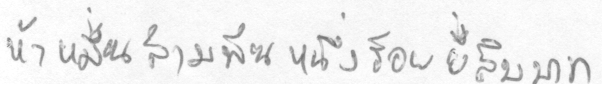
ห้าหมื่นสามพันหนึ่งร้อยยี่สิบบาท